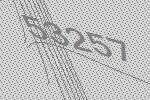
53257